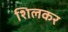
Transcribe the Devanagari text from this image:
शिलकर